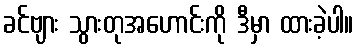
ခင်ဗျား သွားတုအဟောင်းကို ဒီမှာ ထားခဲ့ပါ။